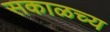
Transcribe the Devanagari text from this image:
सकाळच्य